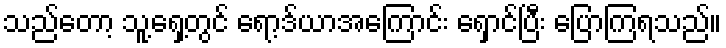
သည်တော့ သူ့ရှေ့တွင် ရော့ဒ်ယာအကြောင်း ရှောင်ပြီး ပြောကြရသည်။